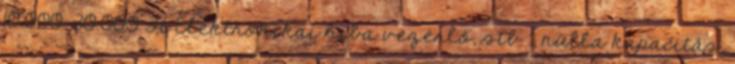
10.000-30.000 Ft Elektronikai hiba vezérlő, stb. , nulla kapacitás.